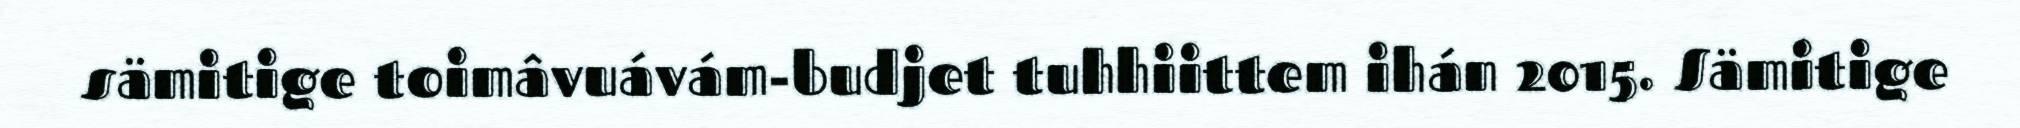
sämitige toimâvuávám-budjet tuhhiittem ihán 2015. Sämitige